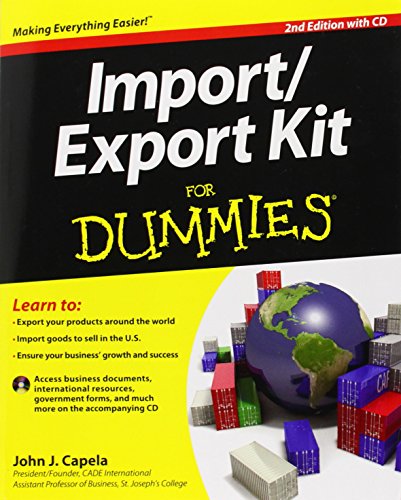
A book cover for Import / Export Kit For Dummies; John J. Capela; Business & Money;